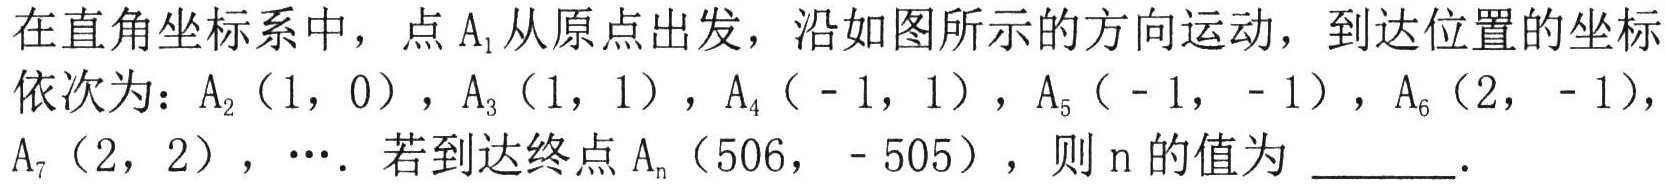
在直角坐标系中，点\(A_1\)从原点出发，沿如图所示的方向运动，到达位置的坐标依次为：\(A_2(1,0)\)，\(A_3(1,1)\)，\(A_4(-1,1)\)，\(A_5(-1,-1)\)，\(A_6(2,-1)\)，\(A_7(2,2)\)，\(\cdots\)。若到达终点\(A_n(506,-505)\)，则\(n\)的值为 \_\_\_\_。